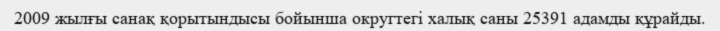
2009 жылғы санақ қорытындысы бойынша округтегі халық саны 25391 адамды құрайды.